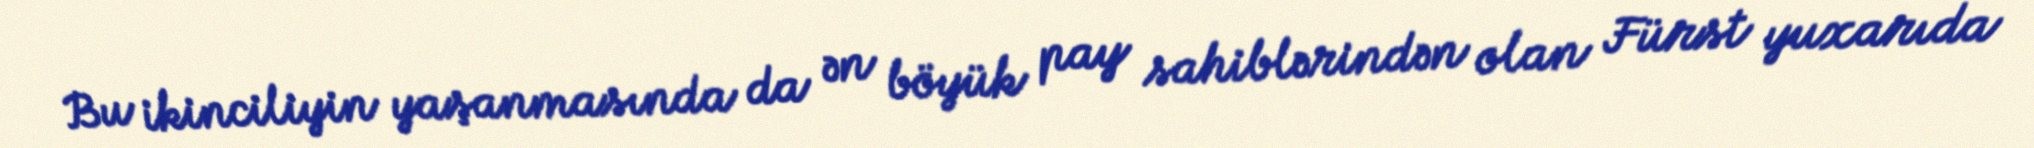
Bu ikinciliyin yaşanmasında da ən böyük pay sahiblərindən olan Fürst yuxarıda